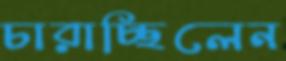
চারাচ্ছিলেন